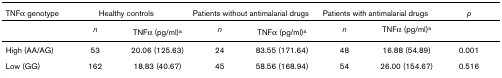
<table><thead><tr><td><b>TNFα genotype</b></td><td colspan="2"><b>Healthy controls</b></td><td colspan="2"><b>Patients without antimalarial drugs</b></td><td colspan="2"><b>Patients with antimalarial drugs</b></td><td><b><i>p</i></b></td></tr></thead><tbody><tr><td></td><td><i>n</i></td><td>TNFα (pg/ml)<sup>a</sup></td><td><i>n</i></td><td>TNFα (pg/ml)<sup>a</sup></td><td><i>n</i></td><td>TNFα (pg/ml)<sup>a</sup></td><td></td></tr><tr><td>High (AA/AG)</td><td>53</td><td>20.06 (125.63)</td><td>24</td><td>83.55 (171.64)</td><td>48</td><td>16.88 (54.89)</td><td>0.001</td></tr><tr><td>Low (GG)</td><td>162</td><td>18.83 (40.67)</td><td>45</td><td>58.56 (168.94)</td><td>54</td><td>26.00 (154.67)</td><td>0.516</td></tr></tbody></table>